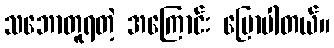
သဘောတူရတဲ့ အကြောင်း ပြောပါတယ်။